Senior Leaving Certificate Examination (including Day School Certificate (Higher) General paper), 1949
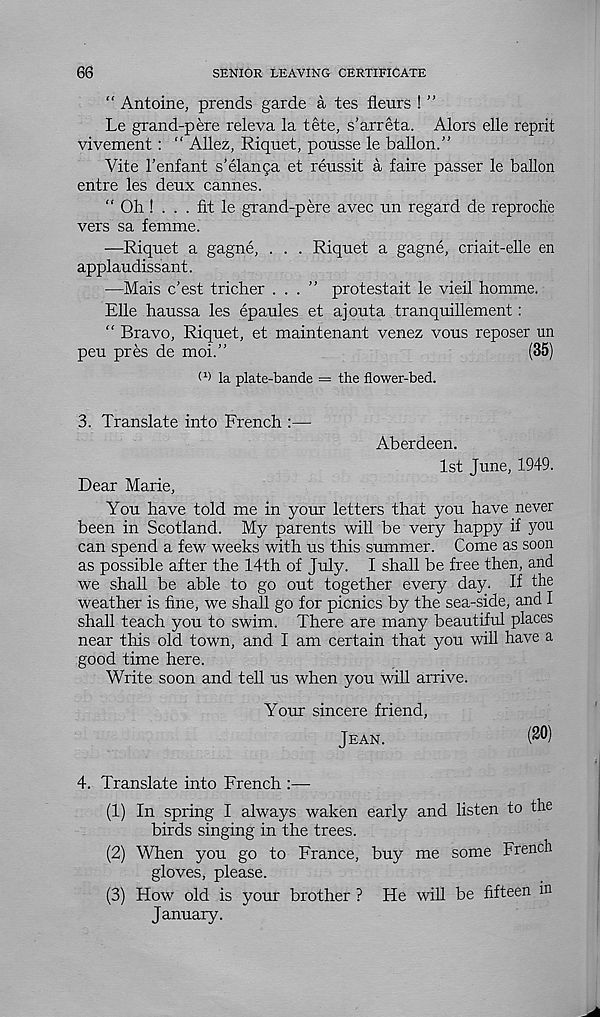
66
SENIOR LEAVING CERTIFICATE
“ Antoine, prends garde a tes fleurs ! ”
Le grand-pere releva la tete, s’arreta. Alors elle reprit
vivement: “ Allez, Riquet, ponsse le ballon/’
Vite 1’enfant s’elan ca et reussit a faire passer le ballon
entre les deux Cannes.
“ Oh ! . . . fit le grand-pere avec un regard de reproch'e
vers sa femme.
—Riquet a gagne, . . . Riquet a gagne, criait-elle en
applaudissant.
—Mais c’est tricher ...” protestait le vieil homme.
Elle haussa les epaules et ajouta tranquillement:
“ Bravo, Riquet, et maintenant venez vous reposer un
peu pres de moi.”
(35)
f 1 ) la plate-bande = the flower-bed.
3. Translate into French :—
Aberdeen.
1st June, 1949.
Dear Marie,
You have told me in your letters that you have never
been in Scotland. My parents will be very happy if you
can spend a few weeks with us this summer. Come as soon
as possible after the 14th of July. I shall be free then, and
we shall be able to go out together every day. If the
weather is fine, we shall go for picnics by the sea-side, and I
shall teach you to swim. There are many beautiful places
near this old town, and I am certain that you will have a
good time here.
Write soon and tell us when you will arrive.
Your sincere friend,
Jean.
4. Translate into French :—-
(1) In spring I always waken early and listen to the
birds singing in the trees.
(2) When you go to France, buy me some French
gloves, please.
(3) How old is your brother ? He will be fifteen in
January.